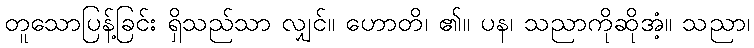
တူသောပြန့်ခြင်း ရှိသည်သာ လျှင်။ ဟောတိ၊ ၏။ ပန၊ သညာကိုဆိုအံ့။ သညာ၊